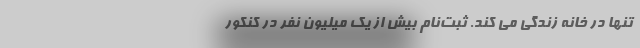
تنها در خانه زندگی می کند. ثبت‌نام بیش از یک میلیون نفر در کنکور